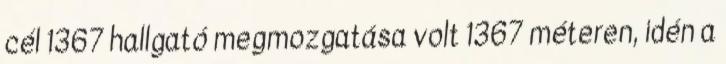
cél 1367 hallgató megmozgatása volt 1367 méteren, idén a